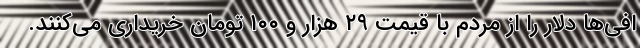
افی‌ها دلار را از مردم با قیمت ۲۹ هزار و ۱۰۰ تومان خریداری می‌کنند.